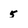
Character: 5